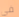
في